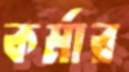
কর্মার